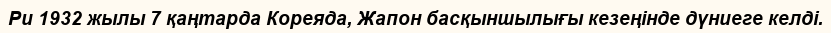
Ри 1932 жылы 7 қаңтарда Кореяда, Жапон басқыншылығы кезеңінде дүниеге келді.